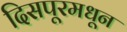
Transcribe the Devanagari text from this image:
दिसपूरमधून